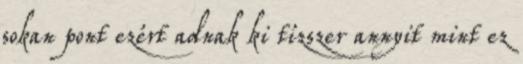
sokan pont ezért adnak ki tízszer annyit mint ez